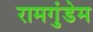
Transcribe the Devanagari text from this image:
रामगुंडेम